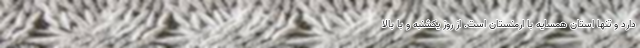
دارد و تنها استان همسایه با ارمنستان است. از روز یکشنبه و با بالا